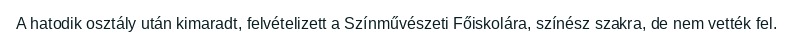
A hatodik osztály után kimaradt, felvételizett a Színművészeti Főiskolára, színész szakra, de nem vették fel.